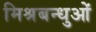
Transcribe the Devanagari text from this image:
मिश्रबन्धुओं